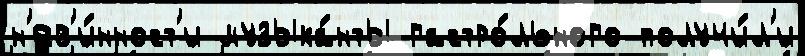
н'ев'и́нност'и музыка́нты гастро́льного получи́л'и